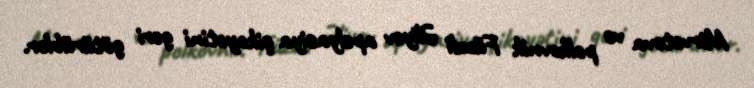
Mirvətova və polkovnik Füzuli Əliyev apelyasiya şikayətini geri götürüblər.